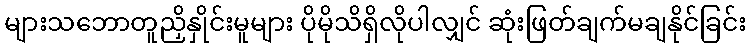
များသဘောတူညှိနှိုင်းမူများ ပိုမိုသိရှိလိုပါလျှင် ဆုံးဖြတ်ချက်မချနိုင်ခြင်း